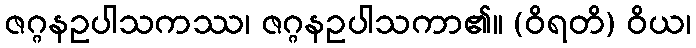
ဇဂ္ဂနဥပါသကဿ၊ ဇဂ္ဂနဥပါသကာ၏။ (ဝိရတိ) ဝိယ၊